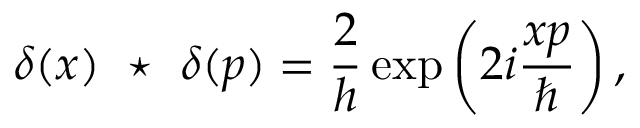
\delta ( x ) ~ \star ~ \delta ( p ) = { \frac { 2 } { h } } \exp \left( 2 i { \frac { x p } { \hbar } } \right) ,